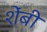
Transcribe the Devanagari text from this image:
शेंबी